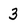
Character: 3